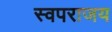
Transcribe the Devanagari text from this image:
स्वपराजय